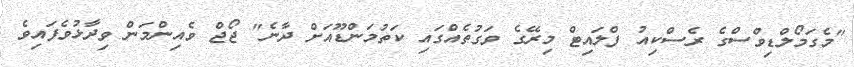
"މެގަމޯލްޑިވްސްގެ ރެސްކިއު ފްލައިޓް މިރޭގެ ވަގުތެއްގައި ކަތުމަންޑޫއަށް ދާނެ" ޖޯޖް ވެއިންމަން ވިދާޅުވެފައިވެ